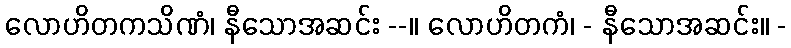
လောဟိတကသိဏံ၊ နီသောအဆင်း --။ လောဟိတကံ၊ - နီသောအဆင်း။ -